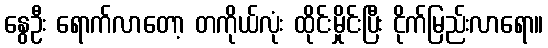
နွေဦး ရောက်လာတော့ တကိုယ်လုံး ထိုင်းမှိုင်းပြီး ငိုက်မြည်းလာရော။